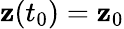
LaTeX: \mathbf{z}(t_{0})=\mathbf{z}_{0}